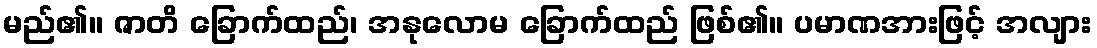
မည်၏။ ဇာတိ ခြောက်ထည်၊ အနုလောမ ခြောက်ထည် ဖြစ်၏။ ပမာဏအားဖြင့် အလျား